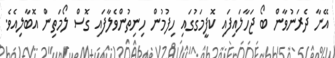
އޭނާ ދެރަނުވާން ބޯ ޖަހާލައިފައި ކޮފީމަގުގައި ހިފުމުން ހިނިތުންވެލާފައި ގޮސް ލޯމަތިން އޮބާލިއެވެ.